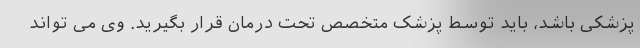
پزشکی باشد، باید توسط پزشک متخصص تحت درمان قرار بگیرید. وی می تواند